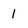
Character: l